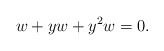
\begin{align*}w+yw+y^2w=0. \end{align*}